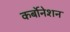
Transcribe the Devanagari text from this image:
कर्बोनेशन